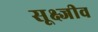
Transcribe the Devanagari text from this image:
सूक्ष्जीव